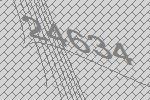
24634